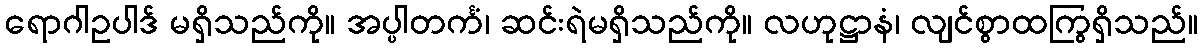
ရောဂါဥပါဒ် မရှိသည်ကို။ အပ္ပါတင်္ကံ၊ ဆင်းရဲမရှိသည်ကို။ လဟုဋ္ဌာနံ၊ လျင်စွာထကြွရှိသည်။